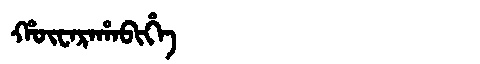
Manchu: ᡥᡡᠸᠠᡵᠠᡥᠠᠪᡳᡥᡝ
Romanization: HŪWARAHABIHE